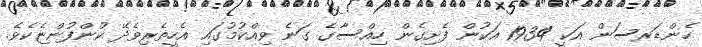
ހެންޑަރސަން އަކީ 1934 އަކުން ފެށިގެން ހިއްސާގެ ގަނެ ވިއްކުމުގައި އެހީތެރިވެދޭ ކުންފުންޏެކެވެ.